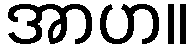
အာဟ။